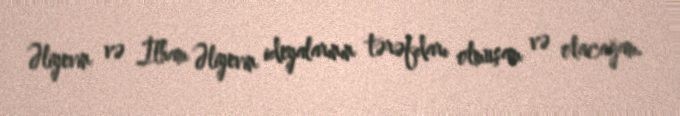
Əliyevin və İlham Əliyevin ideyalarının tərəfdarı olmuşam və olacağam.